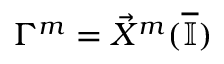
\Gamma ^ { m } = \vec { X } ^ { m } ( \overline { { \mathbb { I } } } )